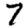
Digit: 7